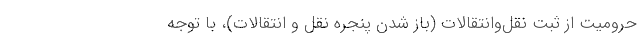
حرومیت از ثبت نقل‌وانتقالات (باز شدن پنجره نقل و انتقالات)، با توجه